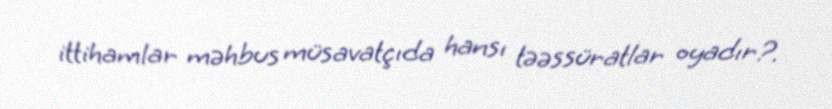
ittihamlar məhbus müsavatçıda hansı təəssüratlar oyadır?.